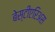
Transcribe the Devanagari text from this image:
बेस्टीएरिअस